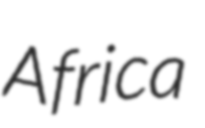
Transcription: Africa